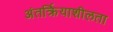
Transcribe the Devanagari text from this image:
अंतर्क्रियाशीलता